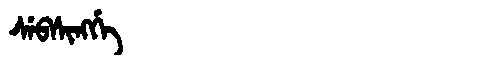
Manchu: ᠰᡝᠪᠰᡳᠩᡤᡝ
Romanization: SEBSINGGE